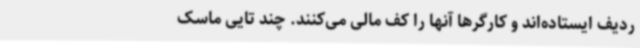
ردیف ایستاده‌اند و کارگرها آنها را کف مالی می‌کنند. چند تایی ماسک